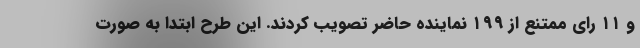
و ۱۱ رای ممتنع از ۱۹۹ نماینده حاضر تصویب کردند. این طرح ابتدا به صورت